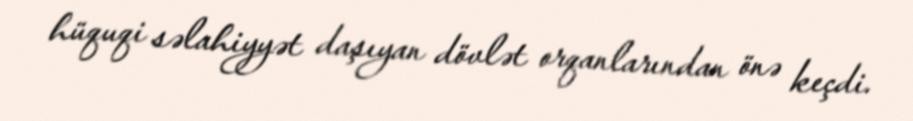
hüquqi səlahiyyət daşıyan dövlət orqanlarından önə keçdi.